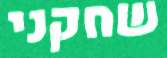
שחקני